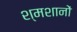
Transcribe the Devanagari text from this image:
श्मशानों